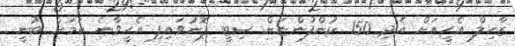
ޒާހިލް އެހީއަށް އެދި 150 ކުންފުންޏަށް ސިޓީ ފޮނުވައިފި އެހީވާނެ ކަމަށް ބުނީ